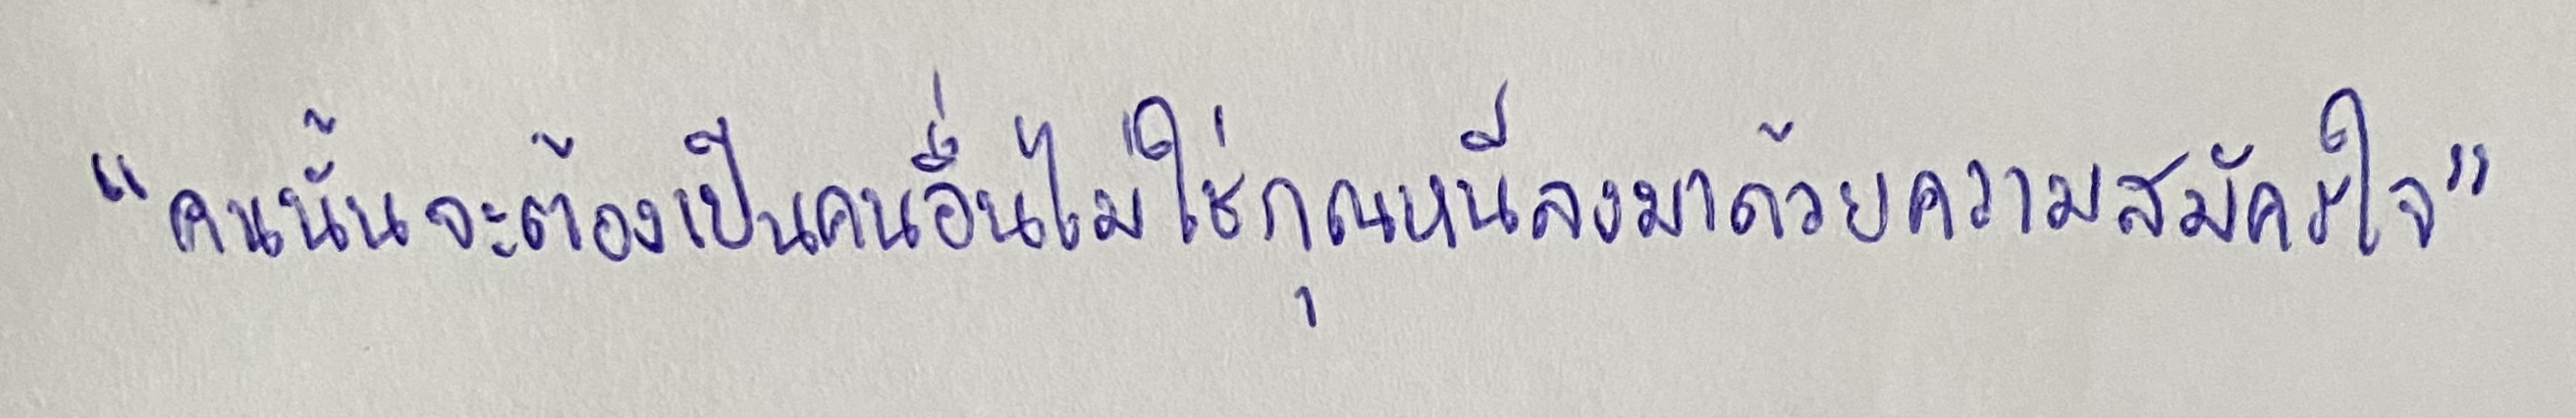
"คนนั้นจะต้องเป็นคนอื่นไม่ใช่กุณหนีลงมาด้วยความสมัครใจ"